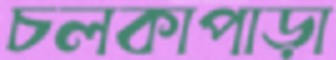
চলকাপাড়া